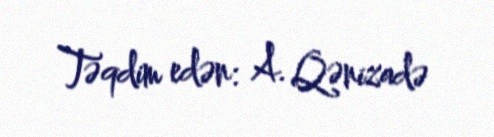
Təqdim edən: A. Qənizadə